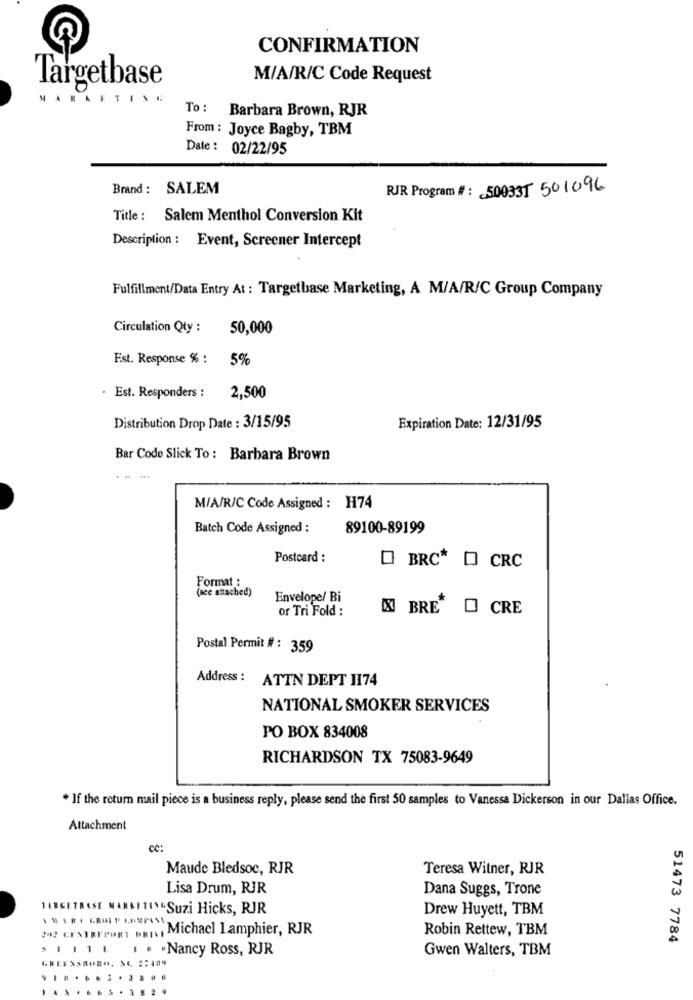
CONFIRMATION
M/A/R/C Code Request
Targetbase
To: Barbara Brown, RJR
From : Joyce Bagby, TBM
Date : 02/22/95
Brand : SALEM
RJR Program #: 500331 501096
Title : Salem Menthol Conversion Kit
Description : Event, Screener Intercept
Fulfillment/Data Entry At : Targetbase Marketing, A M/A/R/C Group Company
Circulation Qty :
50,000
Est. Response %: 5%
. Est. Responders :
2,500
Distribution Drop Date : 3/15/95
Expiration Date: 12/31/95
Bar Code Slick To : Barbara Brown
M/A/R/C Code Assigned : H74
Batch Code Assigned :
89100-89199
Postcard :
O BRC* [ CRC
Format :
(ace attached)
Envelope/ Bi
or Tri Fold :
BRE"
O CRE
Postal Permit # : 359
Address :
ATTN DEPT H174
NATIONAL SMOKER SERVICES
PO BOX 834008
RICHARDSON TX 75083-9649
. If the return mail piece is a business reply, please send the first 50 samples to Vanessa Dickerson in our Dallas Office.
Attachment
CO:
Maude Bledsoe, RJR
Teresa Witner, RJR
Lisa Drum, RJR
Dana Suggs, Trone
TARGETBASE MARAFTIS Suzi Hicks, RJR
Drew Huyett, TBM
242 CENTREPORT DEI ., Michacl Lamphier, RJR
Robin Rettew, TBM
$ | | 1 . . . . Nancy Ross, RJR
Gwen Walters, TBM
51473 7784
GREENSBORO. SC 2:409
.....
...